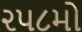
૨૫૮મો